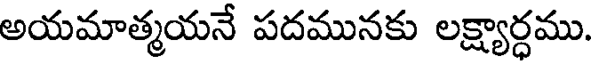
అయమాత్మయనే పదమునకు లక్ష్యార్ధము.